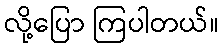
လို့ပြော ကြပါတယ်။